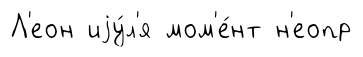
Л'еон иjу́л'я мом'е́нт н'еопр